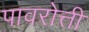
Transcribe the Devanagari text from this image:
पावरोत्ती